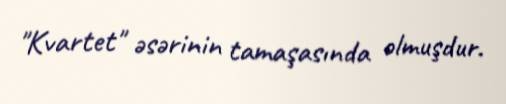
"Kvartet" əsərinin tamaşasında olmuşdur.